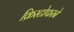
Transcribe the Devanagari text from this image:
क्रिस्टोफरने